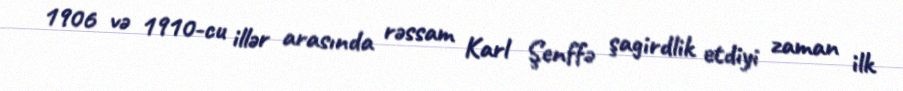
1906 və 1910-cu illər arasında rəssam Karl Şenffə şagirdlik etdiyi zaman ilk